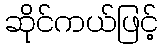
ဆိုင်ကယ်ဖြင့်